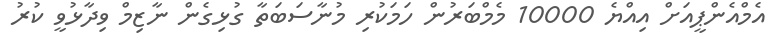
އެމްއެންޕީއަށް އިއްޔެ 10000 މެމްބަރުން ހަމަކުރި މުނާސަބަތާ ގުޅިގެން ނާޒިމް ވިދާޅުވީ ކުރު